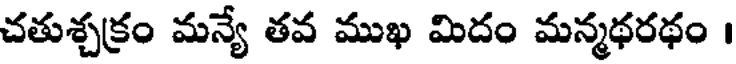
చతుశ్చక్రం మన్యే తవ ముఖ మిదం మన్మథరథం ।